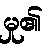
မှု၏